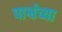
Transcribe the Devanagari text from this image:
पार्श्वच्या